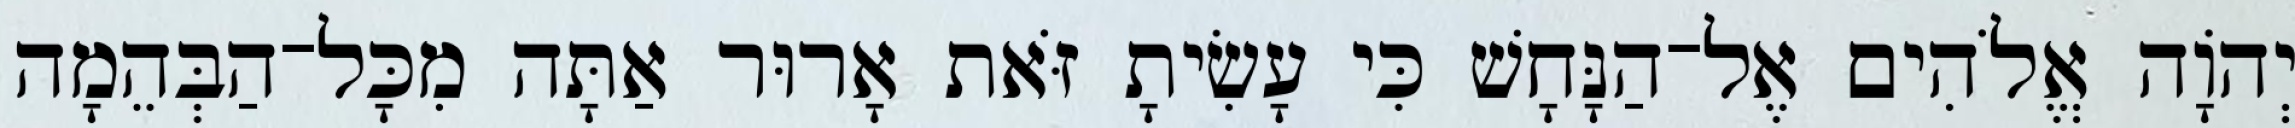
יְהֹוָה אֱלֹהִים אֶל־הַנָּחָשׁ כִּי עָשִׂיתָ זֹּאת אָרוּר אַתָּה מִכָּל־הַבְּהֵמָה